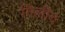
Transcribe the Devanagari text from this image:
गिलीद